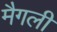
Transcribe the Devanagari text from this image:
मैगली